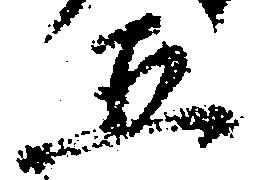
五